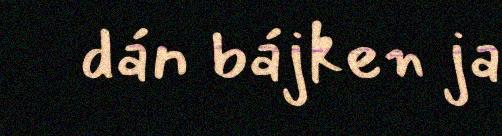
dán bájken ja